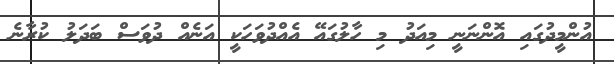
އުންމީދުގައި އޮންނަނީ މިއަދު މި ހާލުގައޭ އެއްދުވަހަކީ އަނެއް ދުވަސް ބަދަލު ކުރާނެ